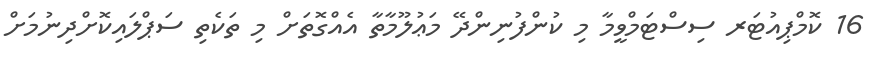
16 ކޮމްޕިއުޓަރ ސިސްޓަމްވީމާ މި ކުންފުނިންދޭ މަޢުލޫމާތާ އެއްގޮތަށް މި ތަކެތި ސަޕްލައިކޮށްދިނުމަށް